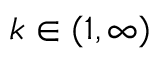
k \in ( 1 , \infty )